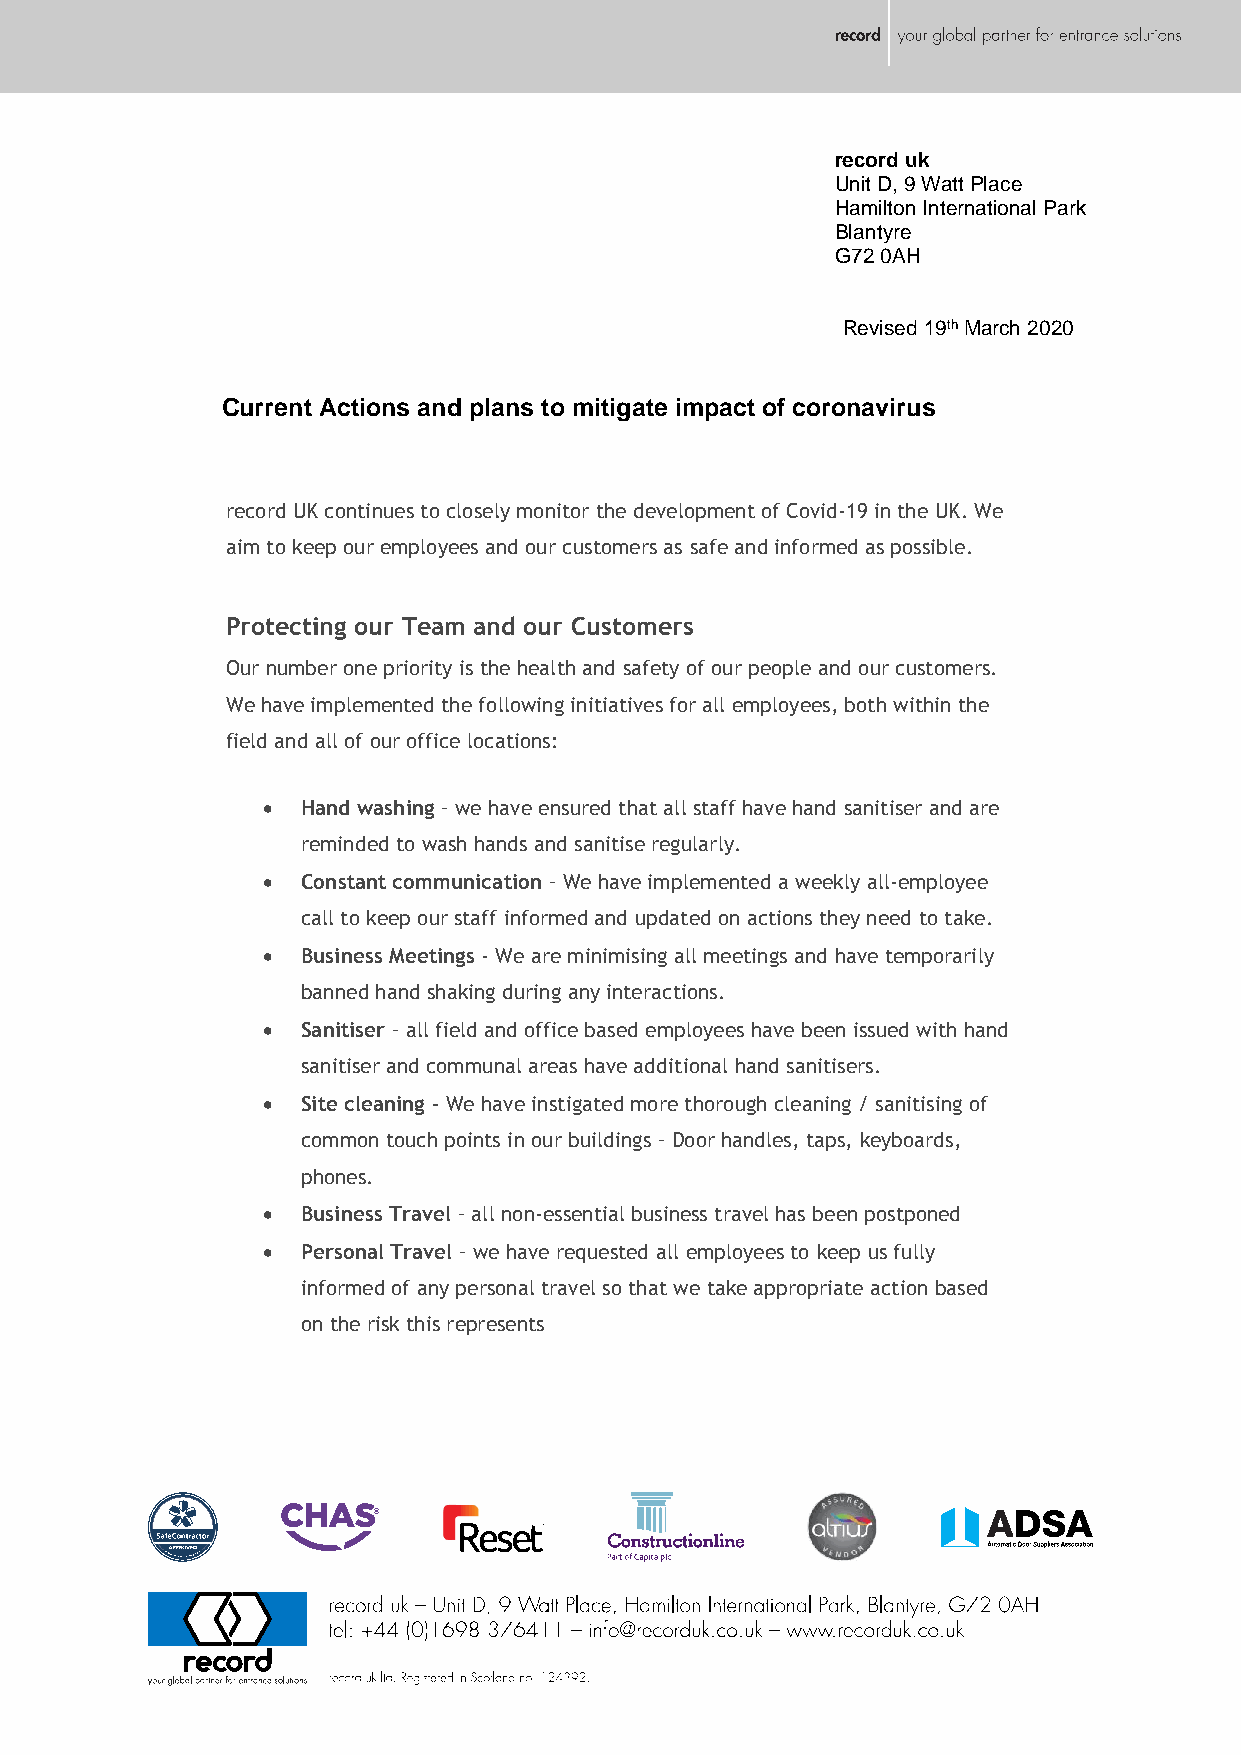
record uk
 Unit D, 9 Watt Place
 Hamilton International Park
 Blantyre
 G72 0AH
 Revised 19th March 2020
 Current Actions and plans to mitigate impact of coronavirus
 record UK continues to closely monitor the development of Covid-19 in the UK. We
 aim to keep our employees and our customers as safe and informed as possible.
 Protecting our Team and our Customers
 Our number one priority is the health and safety of our people and our customers.
 We have implemented the following initiatives for all employees, both within the
 field and all of our office locations:
   Hand washing – we have ensured that all staff have hand sanitiser and are
 reminded to wash hands and sanitise regularly.
   Constant communication – We have implemented a weekly all-employee
 call to keep our staff informed and updated on actions they need to take.
   Business Meetings - We are minimising all meetings and have temporarily
 banned hand shaking during any interactions.
   Sanitiser – all field and office based employees have been issued with hand
 sanitiser and communal areas have additional hand sanitisers.
   Site cleaning - We have instigated more thorough cleaning / sanitising of
 common touch points in our buildings – Door handles, taps, keyboards,
 phones.
   Business Travel – all non-essential business travel has been postponed
   Personal Travel – we have requested all employees to keep us fully
 informed of any personal travel so that we take appropriate action based
 on the risk this represents